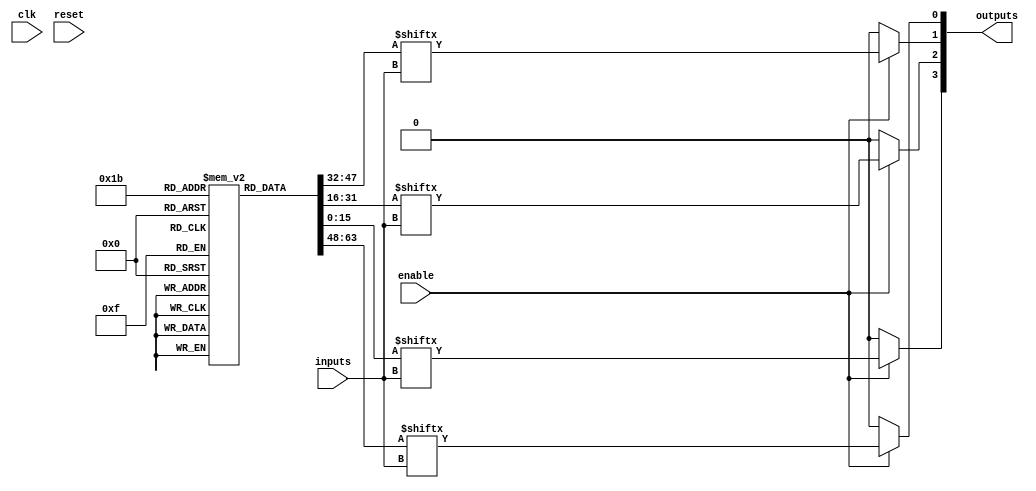
module combinational_logic_block (
    input wire [3:0] inputs,        // 4-bit input signals
    input wire enable,               // Enable signal for the LEs
    output wire [3:0] outputs,       // 4-bit output signals
    input wire clk,                  // Clock signal (for potential future use)
    input wire reset                 // Reset signal (for potential future use)
);

    // Configuration memory for 4-input LUTs
    reg [15:0] lut [3:0]; // 4 LUTs, each with 16 possible configurations (4 inputs)
    
    // Output wires for each LE
    wire [3:0] le_outputs;

    // Instantiate logic elements (LEs)
    generate
        genvar i;
        for (i = 0; i < 4; i = i + 1) begin : logic_elements
            // LUT functionality
            assign le_outputs[i] = enable ? lut[i][inputs] : 1'b0; // Output based on LUT configuration
        end
    endgenerate

    // Output drivers
    assign outputs = le_outputs;

    // Initial configuration of LUTs (this would typically be set during configuration phase)
    initial begin
        // Example configurations for the LUTs
        lut[0] = 16'b0000000000000001; // LUT0: Implement a simple function
        lut[1] = 16'b0000000000000010; // LUT1: Another function
        lut[2] = 16'b0000000000000100; // LUT2: Another function
        lut[3] = 16'b0000000000001000; // LUT3: Another function
    end

endmodule